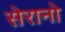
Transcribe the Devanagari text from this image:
सेरानो